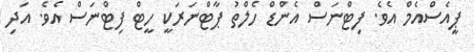
ޕީއެސްއެމް އެވެ. ފިޓްނަސް އެންޑް ހެލްތު ޕާޓްނަރަކީ ހީޓް ފިޓްނަސް އެވެ. އަދި